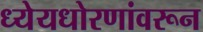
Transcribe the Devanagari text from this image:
ध्येयधोरणांवरून